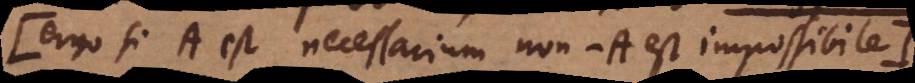
ergo si A est necessarium non-A est impossibile:)